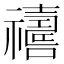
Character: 𱵵